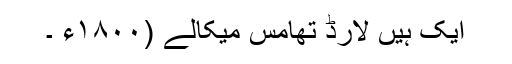
ایک ہیں لارڈ تھامس میکالے (۱۸٠٠ء ۔